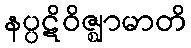
နပ္ပဋိဝိဇ္ဈာမာတိ